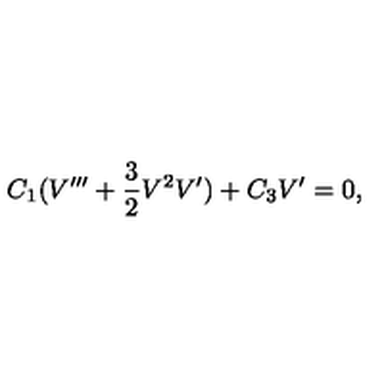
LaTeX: C _ { 1 } ( V ^ { \prime \prime \prime } + \frac { 3 } { 2 } V ^ { 2 } V ^ { \prime } ) + C _ { 3 } V ^ { \prime } = 0 ,